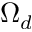
\Omega _ { d }